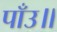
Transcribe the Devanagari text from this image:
पाँउ॥